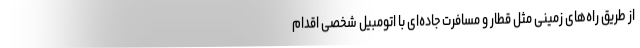
از طریق راه‌های زمینی مثل قطار و مسافرت جاده‌ای با اتومبیل شخصی اقدام